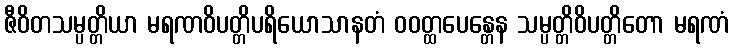
ဇီဝိတသမ္ပတ္တိယာ မရဏဝိပတ္တိပရိယောသာနတံ ဝဝတ္ထပေန္တေန သမ္ပတ္တိဝိပတ္တိတော မရဏံ